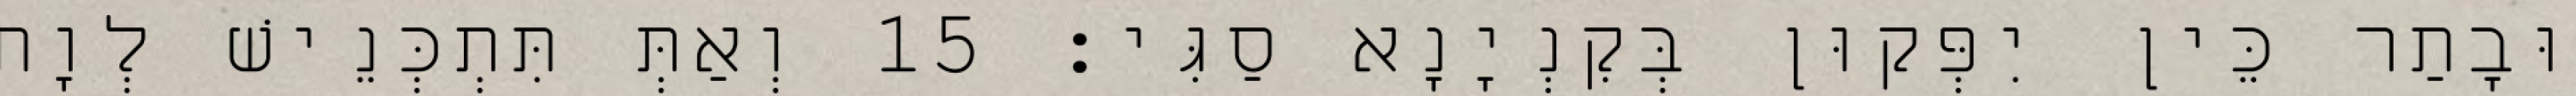
וּבָתַר כֵּין יִפְּקוּן בְּקִנְיָנָא סַגִּי׃ 15 וְאַתְּ תִּתְכְּנֵישׁ לְוָת